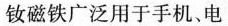
钕磁铁钕磁铁广泛用于手机、电